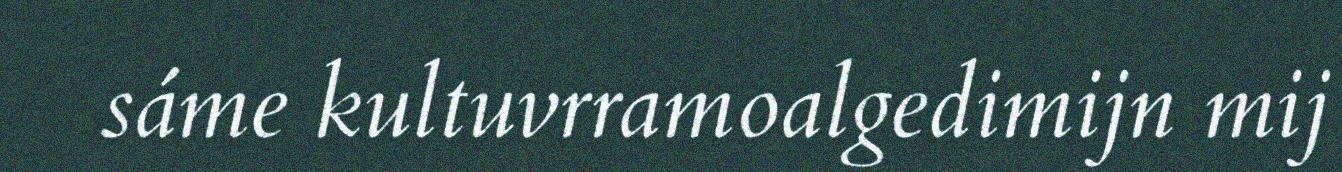
sáme kultuvrramoalgedimijn mij